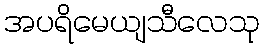
အပရိမေယျသီလေသု